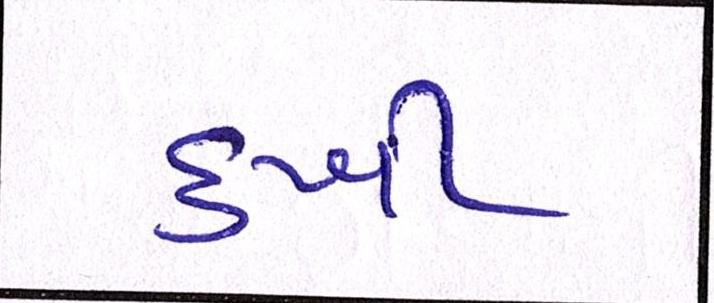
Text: દુખી